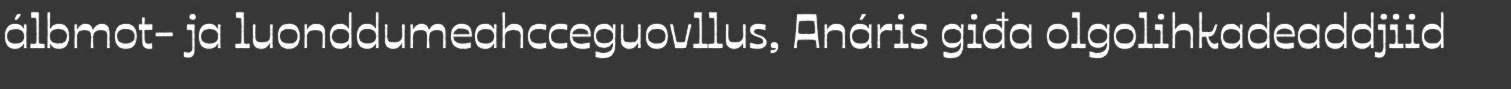
álbmot- ja luonddumeahcceguovllus, Anáris giđa olgolihkadeaddjiid